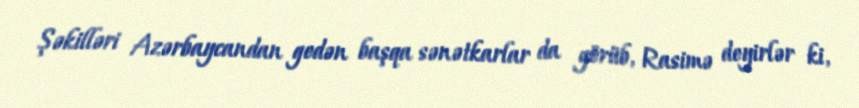
Şəkilləri Azərbaycandan gedən başqa sənətkarlar da görüb, Rasimə deyirlər ki,